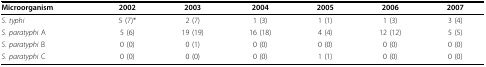
<table><thead><tr><td><b>Microorganism</b></td><td><b>2002</b></td><td><b>2003</b></td><td><b>2004</b></td><td><b>2005</b></td><td><b>2006</b></td><td><b>2007</b></td></tr></thead><tbody><tr><td><i>S. typhi</i></td><td>5 (7)*</td><td>2 (7)</td><td>1 (3)</td><td>1 (1)</td><td>1 (3)</td><td>3 (4)</td></tr><tr><td><i>S. paratyphi </i>A</td><td>5 (6)</td><td>19 (19)</td><td>16 (18)</td><td>4 (4)</td><td>12 (12)</td><td>5 (5)</td></tr><tr><td><i>S. paratyphi </i>B</td><td>0 (0)</td><td>0 (1)</td><td>0 (0)</td><td>0 (0)</td><td>0 (0)</td><td>0 (0)</td></tr><tr><td><i>S. paratyphi </i>C</td><td>0 (0)</td><td>0 (0)</td><td>0 (0)</td><td>1 (1)</td><td>0 (0)</td><td>0 (0)</td></tr></tbody></table>